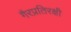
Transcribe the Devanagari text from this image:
गैरप्रतिरक्षी